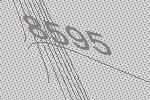
8595